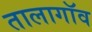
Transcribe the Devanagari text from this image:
तालागॉव